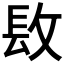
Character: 𨱝